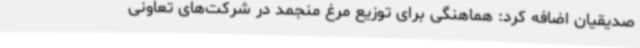
صدیقیان اضافه کرد: هماهنگی برای توزیع مرغ منجمد در شرکت‌های تعاونی